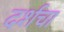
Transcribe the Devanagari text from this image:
दर्शचा